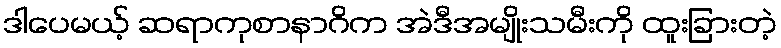
ဒါပေမယ့် ဆရာကုစာနာဂိက အဲဒီအမျိုးသမီးကို ထူးခြားတဲ့